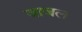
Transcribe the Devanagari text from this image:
जाजल